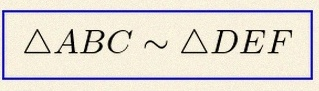
\triangle ABC\sim\triangle DEF